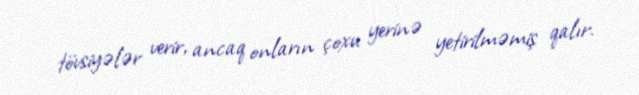
tövsiyələr verir, ancaq onların çoxu yerinə yetirilməmiş qalır.